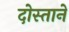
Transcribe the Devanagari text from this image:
दोस्ताने